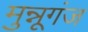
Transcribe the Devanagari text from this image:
मुन्नूगंज